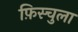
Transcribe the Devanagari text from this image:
फ़िस्चुला